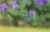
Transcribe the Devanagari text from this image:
कहंेगे